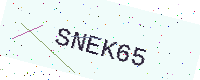
Text: SNEK65